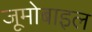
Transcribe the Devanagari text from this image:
जूमोबाइल